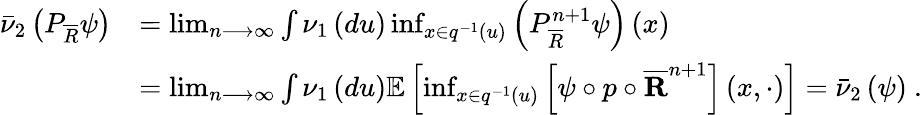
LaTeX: \begin{array}{rl}{\bar{\nu}_{2}\left(P_{\overline{{R}}}\psi\right)}&{=\operatorname*{lim}_{n\longrightarrow\infty}\int\nu_{1}\left(du\right)\operatorname*{inf}_{x\in q^{-1}\left(u\right)}\left(P_{\overline{{R}}}^{n+1}\psi\right)\left(x\right)}\\ &{=\operatorname*{lim}_{n\longrightarrow\infty}\int\nu_{1}\left(du\right)\mathbb{E}\left[\operatorname*{inf}_{x\in q^{-1}\left(u\right)}\left[\psi\circ p\circ\overline{{\mathbf{R}}}^{n+1}\right]\left(x,\cdot\right)\right]=\bar{\nu}_{2}\left(\psi\right)\ .}\end{array}